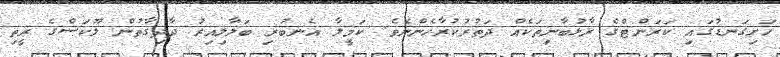
ހަށިގަނޑުގައި ކަރަންޓްގެ ރާޅުބާނިތަކެއް ދަތުރުކުރާހެންނެވެ. ކަމީލާ އެނބުރި ބަލާލިއިރު ދާދިގާތުން ލޫކަސްގެ ރީތި